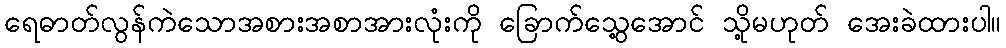
ရေဓာတ်လွန်ကဲသောအစားအစာအားလုံးကို ခြောက်သွေ့အောင် သို့မဟုတ် အေးခဲထားပါ။